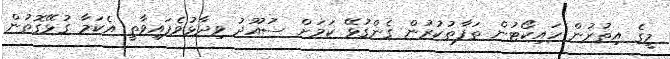
މީގެ އިތުރުން ހައިކޯޓުން ތަފާތުކުރުން ގެންގުޅޭ ކަަމަށް ސުއޫދު ވިދާޅުވެފައިވާތީ އެކަމާ ގުޅޭގޮތުން